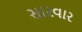
સારવાર